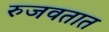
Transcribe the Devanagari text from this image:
रुजवतात